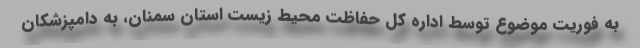
به فوریت موضوع توسط اداره کل حفاظت محیط زیست استان سمنان، به دامپزشکان